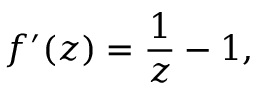
f ^ { \prime } ( z ) = { \frac { 1 } { z } } - 1 ,